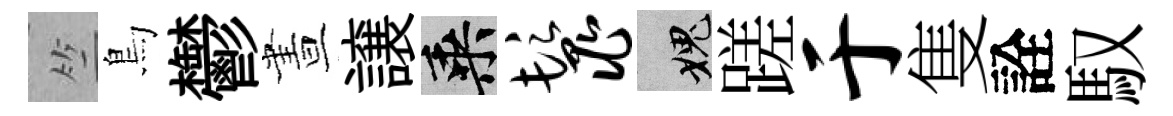
竺鳥鬱晝譲乘鬣愧蹉于隻詮馭